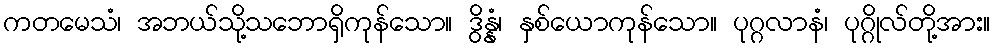
ကတမေသံ၊ အဘယ်သို့သဘောရှိကုန်သော။ ဒွိန္နံ၊ နှစ်ယောကုန်သော။ ပုဂ္ဂလာနံ၊ ပုဂ္ဂိုလ်တို့အား။